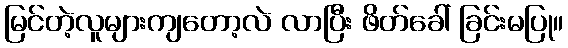
မြင်တဲ့လူများကျတော့လဲ လာပြီး ဖိတ်ခေါ် ခြင်းမပြု။